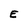
Character: E